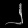
Digit: ၂